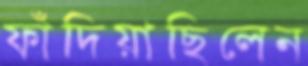
ফাঁদিয়াছিলেন